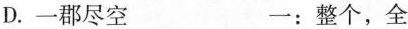
D.\underset{·}{一}郡尽空 一：整个，全